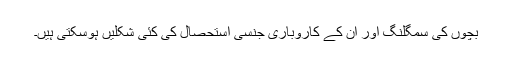
بچوں کی سمگلنگ اور ان کے کاروباری جنسی استحصال کی کئی شکلیں ہوسکتی ہیں۔